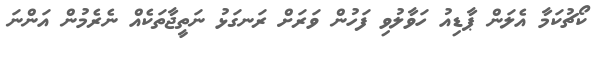
ކޯޗުކަމާ އެލަން ޕާޑިއު ހަވާލުވި ފަހުން ވަރަށް ރަނގަޅު ނަތީޖާތަކެއް ނެރެމުން އަންނަ